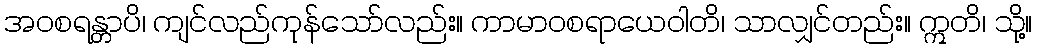
အဝစရန္တာပိ၊ ကျင်လည်ကုန်သော်လည်း။ ကာမာဝစရာယေဝါတိ၊ သာလျှင်တည်း။ ဣတိ၊ သို့။